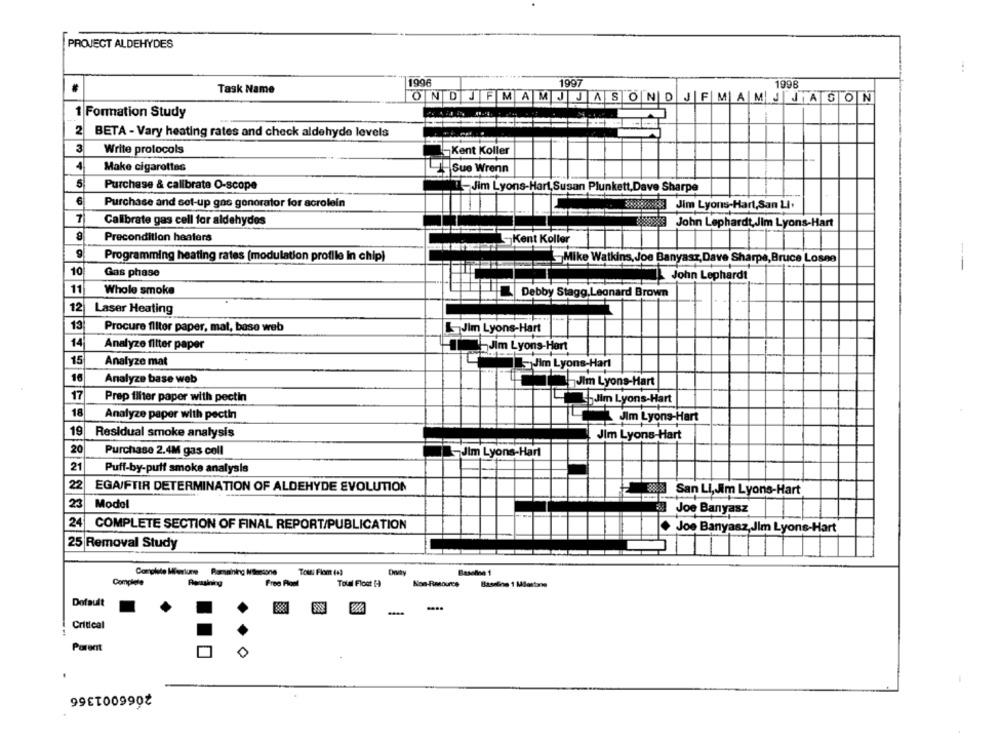
PROJECT ALDEHYDES
1996
Task Name
1997
1998
OND JFMAM
J JASOND JF MAMJ JASON
1 Formation Study
2 BETA - Vary heating rates and check aldehyde levels
3
Write protocols
Kent Koller
4
Make cigarettes
Sue Wrenn
5
Purchase & calibrate O-scope
L-Jim Lyons-Hart,Susan Plunkett,Dave Sharpe
6
Purchase and set-up gas gonorator for acrolein
Jim Lyons-Hart,San Li.
1
Calibrate gas cell for aldehydes
John Lephardt, Jim Lyons-Hart
Precondition heaters
Kent Koller
Programming heating rates (modulation profile In chip)
Mike Watkins, Joe Banyasz, Dave Sharpe,Bruce Losne
--
10
Gas phase
John Lephardt
11
Whole smoke
Debby Stagg.Leonard Brown
12
Laser Heating
13
Procure filter paper, mat, baso web
Jim Lyons-Hart
14
Analyze filter paper
Jim Lyons-Hart
15
Analyze mat
Jim Lyons-Hart
16
Analyze base web
Jim Lyons-Hart
17
Prep filter paper with pectin
Jim Lyons-Hart
18
Analyze paper with pectin
Jlm Lyons-Hart
19
Residual smoke analysis
Jim Lyons-Hart
20
Purchase 2.4M gas coll
Jim Lyons-Hart
21
Puff-by-putt smoke analysis
22
EGAIFTIR DETERMINATION OF ALDEHYDE EVOLUTION
San LI, Jim Lyons-Hart
23
Model
da Joe Banyasz
24
COMPLETE SECTION OF FINAL REPORT/PUBLICATION
Joe Banyasz,Jim Lyons-Hart
25 Removal Study
Complete
Free Float
Total Float (
Non-Rasource
Baseline 1 M
Dofault
Critical
Porent
0